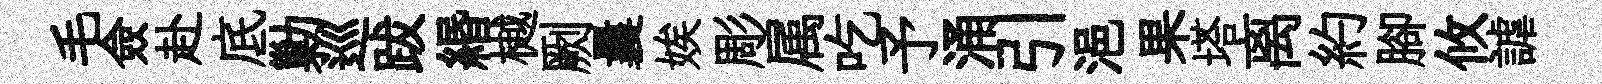
毛僉赴底勦巡跋緡樾劂曩娭彫属吃予涌引浥果塔离約腳攸謔